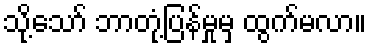
သို့သော် ဘာတုံ့ပြန်မှုမှ ထွက်မလာ။